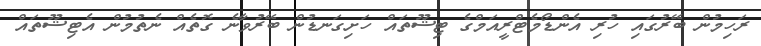
ރަހިމުން ބޭރުގައި ހުރި އެންޑޯމެޓްރީއަމްގެ ޓިޝޫތައް ހަށިގަނޑުން ބޭރުވާނެ ގޮތެއް ނެތުމުން އެޓިޝޫތައް